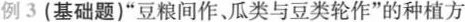
例3(基础题)”豆粮间作、瓜类与豆类轮作”的种植方